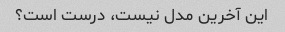
این آخرین مدل نیست، درست است؟